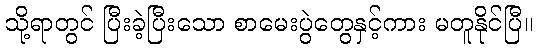
သို့ရာတွင် ပြီးခဲ့ပြီးသော စာမေးပွဲတွေနှင့်ကား မတူနိုင်ပြီ။